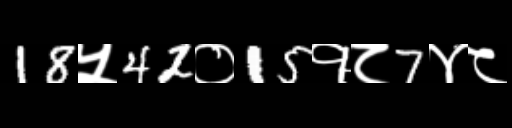
Text: 18५42०15१८7४८